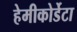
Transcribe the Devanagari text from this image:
हेमीकोर्डेटा